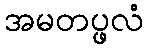
အမတပ္ဖလံ